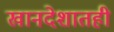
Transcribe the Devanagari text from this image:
खानदेशातही